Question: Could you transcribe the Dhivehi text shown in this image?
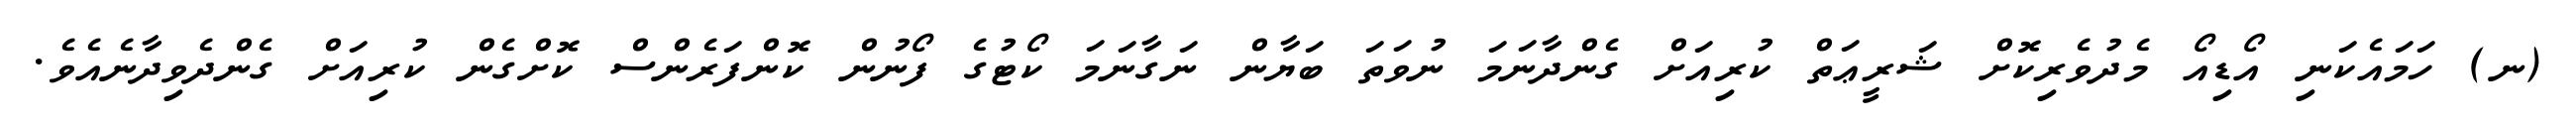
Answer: (ނ) ހަމައެކަނި އޯޑިއޯ މެދުވެރިކޮށް ޝަރީޢަތް ކުރިއަށް ގެންދާނަމަ ނުވަތަ ބަޔާން ނަގާނަމަ ކޯޓުގެ ފޯނުން ކޮންފަރެންސް ކޮށްގެން ކުރިއަށް ގެންދެވިދާނެއެވެ.